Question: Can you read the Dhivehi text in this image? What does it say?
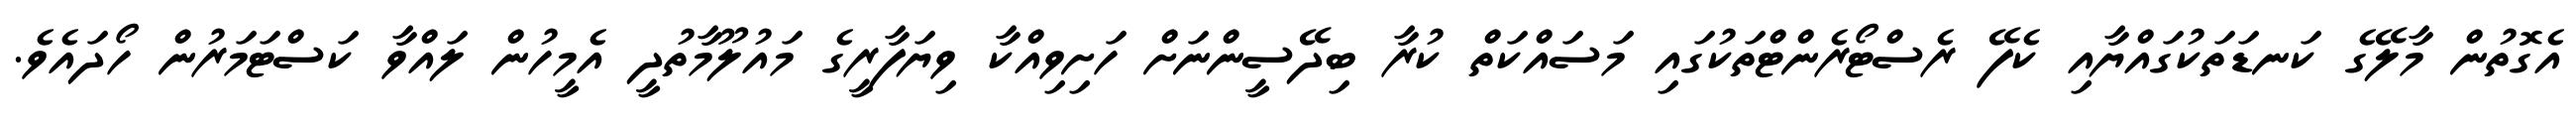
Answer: އެގޮތުން މާލޭގެ ކަނޑަތަކުގައްޔާއި ކެފޭ ރެސްޓޯރެންޓްތަކުގައި މަސައްކަތް ކުރާ ބިދޭސީންނަށް ހަށިވިއްކާ ވިޔަފާރީގެ މައުލޫމާތުދީ އެމީހުން ލައްވާ ކަސްޓަމަރުން ހޯދައެވެ.